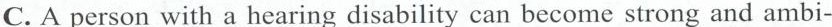
C.A person with a hearing disability can become strong and arnbi-